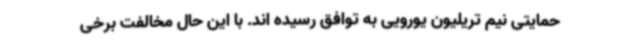
حمایتی نیم تریلیون یورویی به توافق رسیده اند. با این حال مخالفت برخی